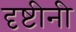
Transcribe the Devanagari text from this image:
दृष्टीनी